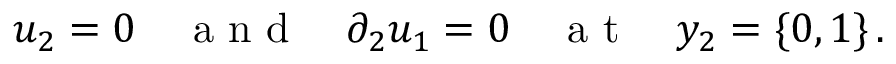
u _ { 2 } = 0 \quad \mathrm { ~ a ~ n ~ d ~ } \quad \partial _ { 2 } u _ { 1 } = 0 \quad \mathrm { ~ a ~ t ~ } \quad y _ { 2 } = \{ 0 , 1 \} \, .